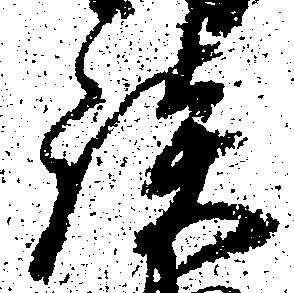
談